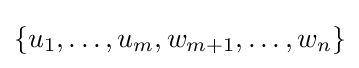
\{u_{1},\dotsc ,u_{m},w_{m+1},\dotsc ,w_{n}\}